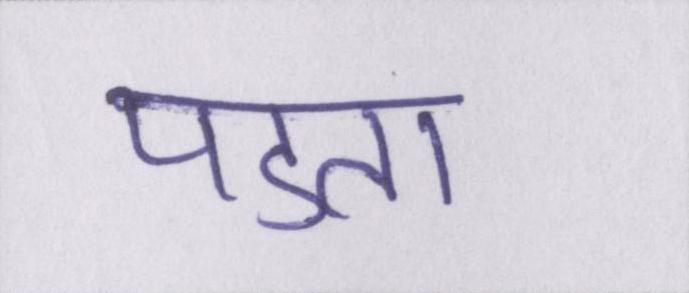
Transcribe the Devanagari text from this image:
पडता